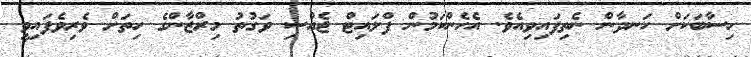
ހިސާބަކަށް ހަނދާން ނެތިފައިވިއެވެ. އެހެންކަމުން ފްލައިޓް ޖެއްސި ވަގުތު މިރްޒާންގެ ހިތަށް ވެރިވެފައިވީ